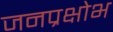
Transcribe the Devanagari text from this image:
जनप्रक्षोभ